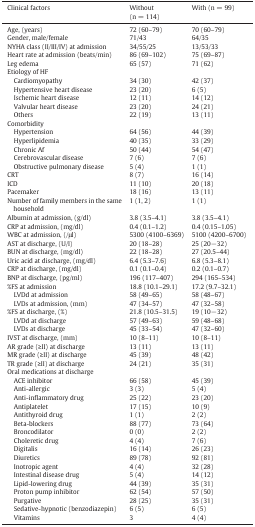
<table><thead><tr><td><b>Clinical factors</b></td><td><b>Without (n = 114)</b></td><td><b>With (n = 99)</b></td></tr></thead><tbody><tr><td>Age, (years)</td><td>72 (60–79)</td><td>70 (60–79)</td></tr><tr><td>Gender, male/female</td><td>71/43</td><td>64/35</td></tr><tr><td>NYHA class (II/III/IV) at admission</td><td>34/55/25</td><td>13/53/33</td></tr><tr><td>Heart rate at admission (beats/min)</td><td>86 (69–102)</td><td>75 (69–87)</td></tr><tr><td>Leg edema</td><td>65 (57)</td><td>71 (62)</td></tr><tr><td>Etiology of HF</td><td></td><td></td></tr><tr><td> Cardiomyopathy</td><td>34 (30)</td><td>42 (37)</td></tr><tr><td> Hypertensive heart disease</td><td>23 (20)</td><td>6 (5)</td></tr><tr><td> Ischemic heart disease</td><td>12 (11)</td><td>14 (12)</td></tr><tr><td> Valvular heart disease</td><td>23 (20)</td><td>24 (21)</td></tr><tr><td> Others</td><td>22 (19)</td><td>13 (11)</td></tr><tr><td>Comorbidity</td><td></td><td></td></tr><tr><td> Hypertension</td><td>64 (56)</td><td>44 (39)</td></tr><tr><td> Hyperlipidemia</td><td>40 (35)</td><td>33 (29)</td></tr><tr><td> Chronic Af</td><td>50 (44)</td><td>54 (47)</td></tr><tr><td> Cerebrovascular disease</td><td>7 (6)</td><td>7 (6)</td></tr><tr><td> Obstructive pulmonary disease</td><td>5 (4)</td><td>1 (1)</td></tr><tr><td>CRT</td><td>8 (7)</td><td>16 (14)</td></tr><tr><td>ICD</td><td>11 (10)</td><td>20 (18)</td></tr><tr><td>Pacemaker</td><td>18 (16)</td><td>13 (11)</td></tr><tr><td>Number of family members in the same household</td><td>1 (1, 2)</td><td>1 (1)</td></tr><tr><td>Albumin at admission, (g/dl)</td><td>3.8 (3.5–4.1)</td><td>3.8 (3.5–4.1)</td></tr><tr><td>CRP at admission, (mg/dl)</td><td>0.4 (0.1–1.2)</td><td>0.4 (0.15–1.05)</td></tr><tr><td>WBC at admission, (/μl)</td><td>5300 (4100–6369)</td><td>5100 (4200–6700)</td></tr><tr><td>AST at discharge, (U/l)</td><td>20 (18–28)</td><td>25 (20−32)</td></tr><tr><td>BUN at discharge, (mg/dl)</td><td>22 (18–28)</td><td>27 (20.5–44)</td></tr><tr><td>Uric acid at discharge, (mg/dl)</td><td>6.4 (5.3–7.6)</td><td>6.8 (5.3–8.1)</td></tr><tr><td>CRP at discharge, (mg/dl)</td><td>0.1 (0.1–0.4)</td><td>0.2 (0.1–0.7)</td></tr><tr><td>BNP at discharge, (pg/ml)</td><td>196 (117–407)</td><td>294 (165–534)</td></tr><tr><td>%FS at admission</td><td>18.8 (10.1–29.1)</td><td>17.2 (9.7–32.1)</td></tr><tr><td> LVDd at admission</td><td>58 (49–65)</td><td>58 (48–67)</td></tr><tr><td> LVDs at admission, (mm)</td><td>47 (34–57)</td><td>47 (32–58)</td></tr><tr><td>%FS at discharge, (%)</td><td>21.8 (10.5–31.5)</td><td>19 (10−32)</td></tr><tr><td> LVDd at discharge</td><td>57 (49–63)</td><td>59 (48–68)</td></tr><tr><td> LVDs at discharge</td><td>45 (33–54)</td><td>47 (32–60)</td></tr><tr><td>IVST at discharge, (mm)</td><td>10 (8–11)</td><td>10 (8–11)</td></tr><tr><td>AR grade (≥II) at discharge</td><td>13 (11)</td><td>13 (11)</td></tr><tr><td>MR grade (≥II) at discharge</td><td>45 (39)</td><td>48 (42)</td></tr><tr><td>TR grade (≥II) at discharge</td><td>24 (21)</td><td>35 (31)</td></tr><tr><td>Oral medications at discharge</td><td></td><td></td></tr><tr><td> ACE inhibitor</td><td>66 (58)</td><td>45 (39)</td></tr><tr><td> Anti-allergic</td><td>3 (3)</td><td>5 (4)</td></tr><tr><td> Anti-inflammatory drug</td><td>25 (22)</td><td>23 (20)</td></tr><tr><td> Antiplatelet</td><td>17 (15)</td><td>10 (9)</td></tr><tr><td> Antithyroid drug</td><td>1 (1)</td><td>2 (2)</td></tr><tr><td> Beta-blockers</td><td>88 (77)</td><td>73 (64)</td></tr><tr><td> Broncodilator</td><td>0 (0)</td><td>2 (2)</td></tr><tr><td> Choleretic drug</td><td>4 (4)</td><td>7 (6)</td></tr><tr><td> Digitalis</td><td>16 (14)</td><td>26 (23)</td></tr><tr><td> Diuretics</td><td>89 (78)</td><td>92 (81)</td></tr><tr><td> Inotropic agent</td><td>4 (4)</td><td>32 (28)</td></tr><tr><td> Intestinal disease drug</td><td>5 (4)</td><td>14 (12)</td></tr><tr><td> Lipid-lowering drug</td><td>44 (39)</td><td>35 (31)</td></tr><tr><td> Proton pump inhibitor</td><td>62 (54)</td><td>57 (50)</td></tr><tr><td> Purgative</td><td>28 (25)</td><td>35 (31)</td></tr><tr><td> Sedative-hypnotic (benzodiazepin)</td><td>6 (5)</td><td>6 (5)</td></tr><tr><td> Vitamins</td><td>3</td><td>4 (4)</td></tr></tbody></table>